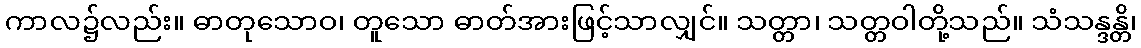
ကာလ၌လည်း။ ဓာတုသောဝ၊ တူသော ဓာတ်အားဖြင့်သာလျှင်။ သတ္တာ၊ သတ္တဝါတို့သည်။ သံသန္ဒန္တိ၊